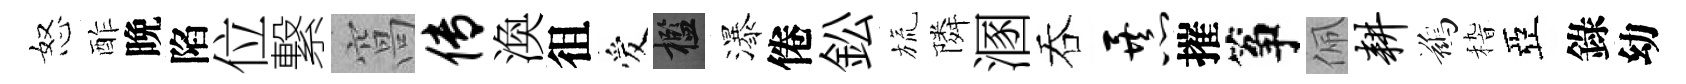
怒酢晩陷位繋窩传渙徂爱檻瀑倦鈆旒隣溷吞暴摧筝佩耕鷀𥟵亞錄幼